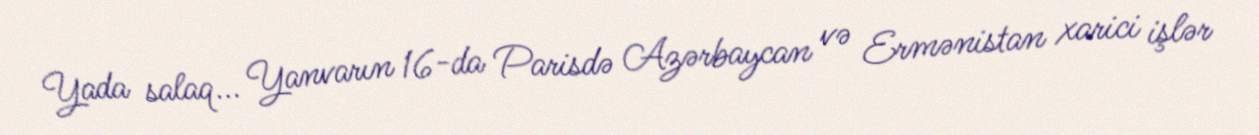
Yada salaq... Yanvarın 16-da Parisdə Azərbaycan və Ermənistan xarici işlər